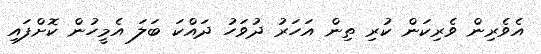
އެވެރިން ވެރިކަން ކުރި ތިން އަހަރު ދުވަހު ދައްކަ ބަލަ އެމީހުން ކޮށްފައި